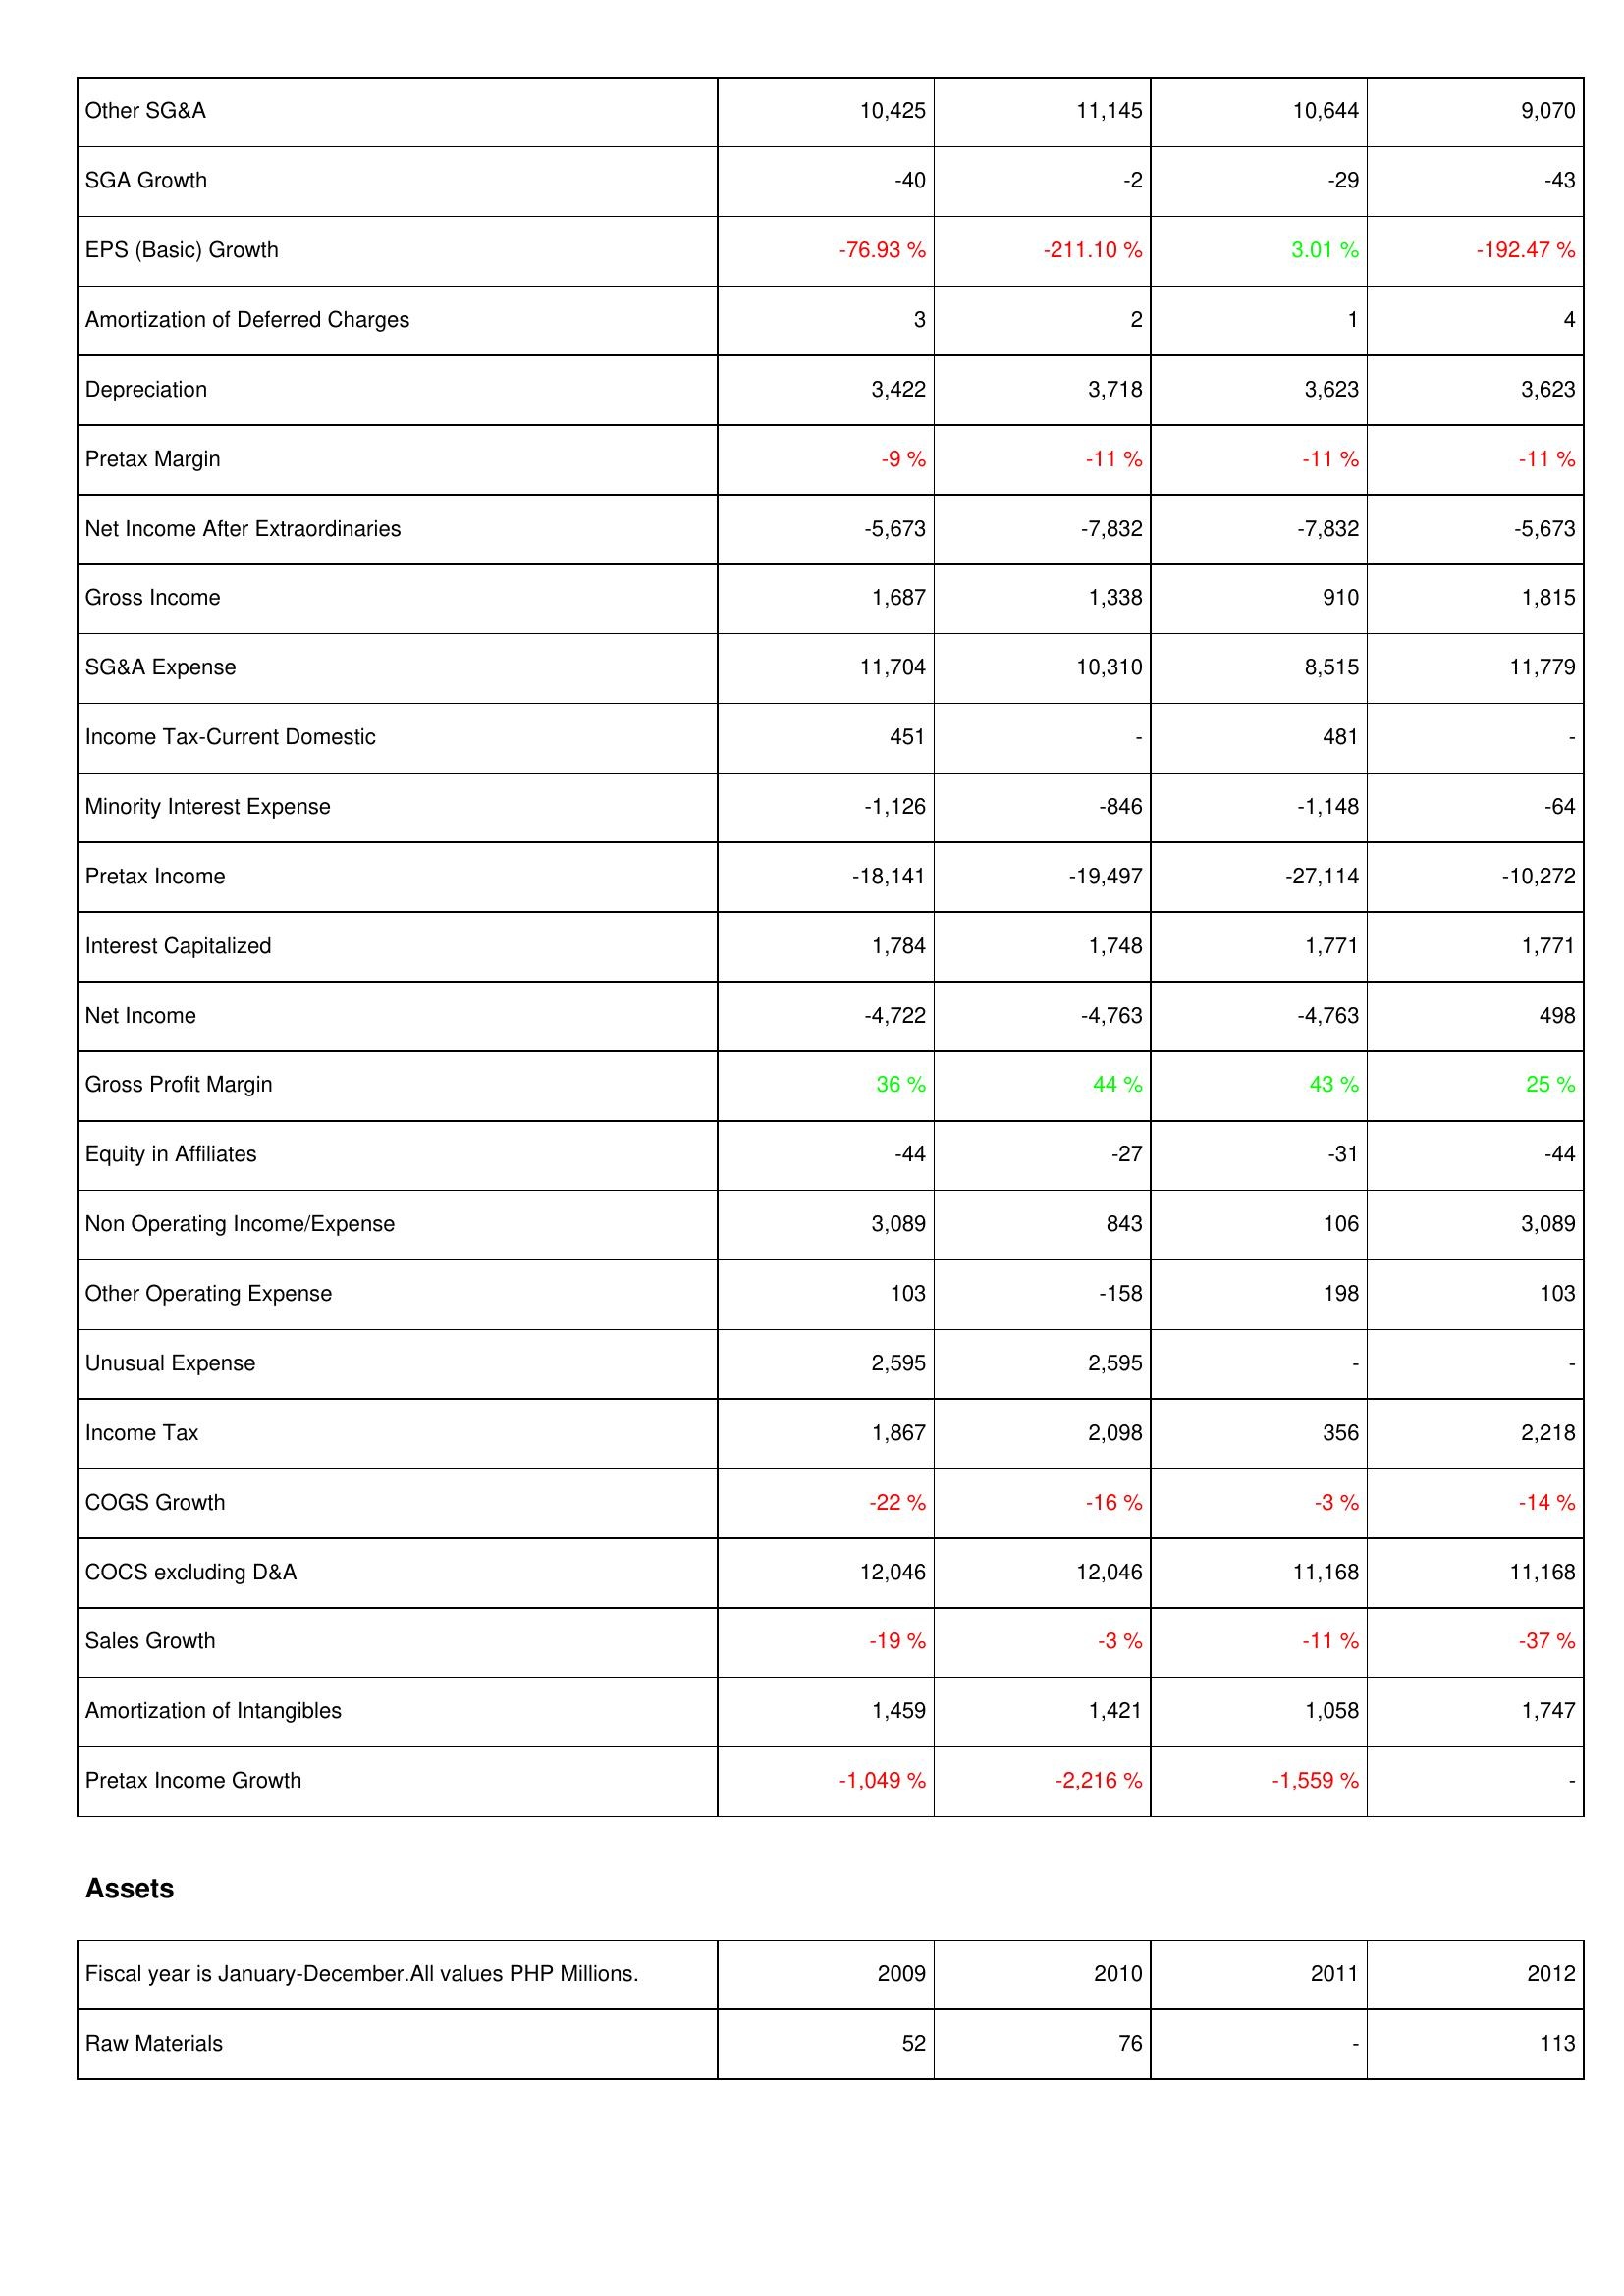
2009: Income Statement: Other SG&A: 10,425
SGA Growth: -40
EPS (Basic) Growth: -76.93 %
Amortization of Deferred Charges: 3
Depreciation: 3,422
Pretax Margin: -9 %
Net Income After Extraordinaries: -5,673
Gross Income: 1,687
SG&A Expense: 11,704
Income Tax-Current Domestic: 451
Minority Interest Expense: -1,126
Pretax Income: -18,141
Interest Capitalized: 1,784
Net Income: -4,722
Gross Profit Margin: 36 %
Equity in Affiliates: -44
Non Operating Income/Expense: 3,089
Other Operating Expense: 103
Unusual Expense: 2,595
Income Tax: 1,867
COGS Growth: -22 %
COCS excluding D&A: 12,046
Sales Growth: -19 %
Amortization of Intangibles: 1,459
Pretax Income Growth: -1,049 %
Assets: Raw Materials: 52
2010: Income Statement: Other SG&A: 11,145
SGA Growth: -2
EPS (Basic) Growth: -211.10 %
Amortization of Deferred Charges: 2
Depreciation: 3,718
Pretax Margin: -11 %
Net Income After Extraordinaries: -7,832
Gross Income: 1,338
SG&A Expense: 10,310
Income Tax-Current Domestic: -
Minority Interest Expense: -846
Pretax Income: -19,497
Interest Capitalized: 1,748
Net Income: -4,763
Gross Profit Margin: 44 %
Equity in Affiliates: -27
Non Operating Income/Expense: 843
Other Operating Expense: -158
Unusual Expense: 2,595
Income Tax: 2,098
COGS Growth: -16 %
COCS excluding D&A: 12,046
Sales Growth: -3 %
Amortization of Intangibles: 1,421
Pretax Income Growth: -2,216 %
Assets: Raw Materials: 76
2011: Income Statement: Other SG&A: 10,644
SGA Growth: -29
EPS (Basic) Growth: 3.01 %
Amortization of Deferred Charges: 1
Depreciation: 3,623
Pretax Margin: -11 %
Net Income After Extraordinaries: -7,832
Gross Income: 910
SG&A Expense: 8,515
Income Tax-Current Domestic: 481
Minority Interest Expense: -1,148
Pretax Income: -27,114
Interest Capitalized: 1,771
Net Income: -4,763
Gross Profit Margin: 43 %
Equity in Affiliates: -31
Non Operating Income/Expense: 106
Other Operating Expense: 198
Unusual Expense: -
Income Tax: 356
COGS Growth: -3 %
COCS excluding D&A: 11,168
Sales Growth: -11 %
Amortization of Intangibles: 1,058
Pretax Income Growth: -1,559 %
Assets: Raw Materials: -
2012: Income Statement: Other SG&A: 9,070
SGA Growth: -43
EPS (Basic) Growth: -192.47 %
Amortization of Deferred Charges: 4
Depreciation: 3,623
Pretax Margin: -11 %
Net Income After Extraordinaries: -5,673
Gross Income: 1,815
SG&A Expense: 11,779
Income Tax-Current Domestic: -
Minority Interest Expense: -64
Pretax Income: -10,272
Interest Capitalized: 1,771
Net Income: 498
Gross Profit Margin: 25 %
Equity in Affiliates: -44
Non Operating Income/Expense: 3,089
Other Operating Expense: 103
Unusual Expense: -
Income Tax: 2,218
COGS Growth: -14 %
COCS excluding D&A: 11,168
Sales Growth: -37 %
Amortization of Intangibles: 1,747
Pretax Income Growth: -
Assets: Raw Materials: 113